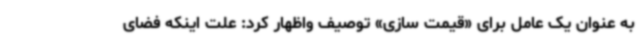
به عنوان یک عامل برای «قیمت سازی» توصیف واظهار کرد: علت اینکه فضای